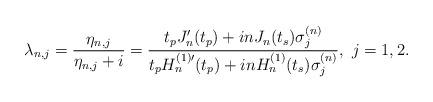
LaTeX: \begin{align*}\lambda_{n,j} =\frac{\eta_{n,j}}{\eta_{n,j}+i}= \frac{t_p J_n^{\prime}(t_p) + in J_n(t_s)\sigma_j^{(n)}}{t_p H_n^{(1)\prime}(t_p) + in H_n^{(1)}(t_s)\sigma_j^{(n)}}, \ j=1,2.\end{align*}